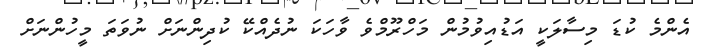
އެންމެ ކުޑަ މިސާލަކީ އަޑުއިވުމުން މަހްރޫމްވެ ވާހަކަ ނުދެއްކޭ ކުދިންނަށް ނުވަތަ މީހުންނަށް